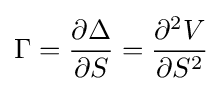
\Gamma ={\frac {\partial \Delta }{\partial S}}={\frac {\partial ^{2}V}{\partial S^{2}}}